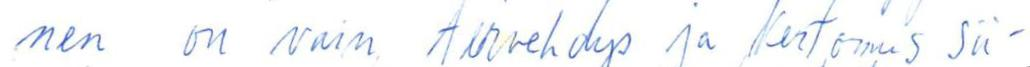
nen on vain tervehdys ja kertomus sii-